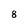
Character: 8